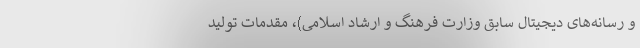
و رسانه‌های دیجیتال سابق وزارت فرهنگ و ارشاد اسلامی)، مقدمات تولید